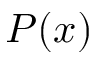
P ( x )